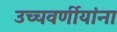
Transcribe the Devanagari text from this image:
उच्चवर्णीयांना